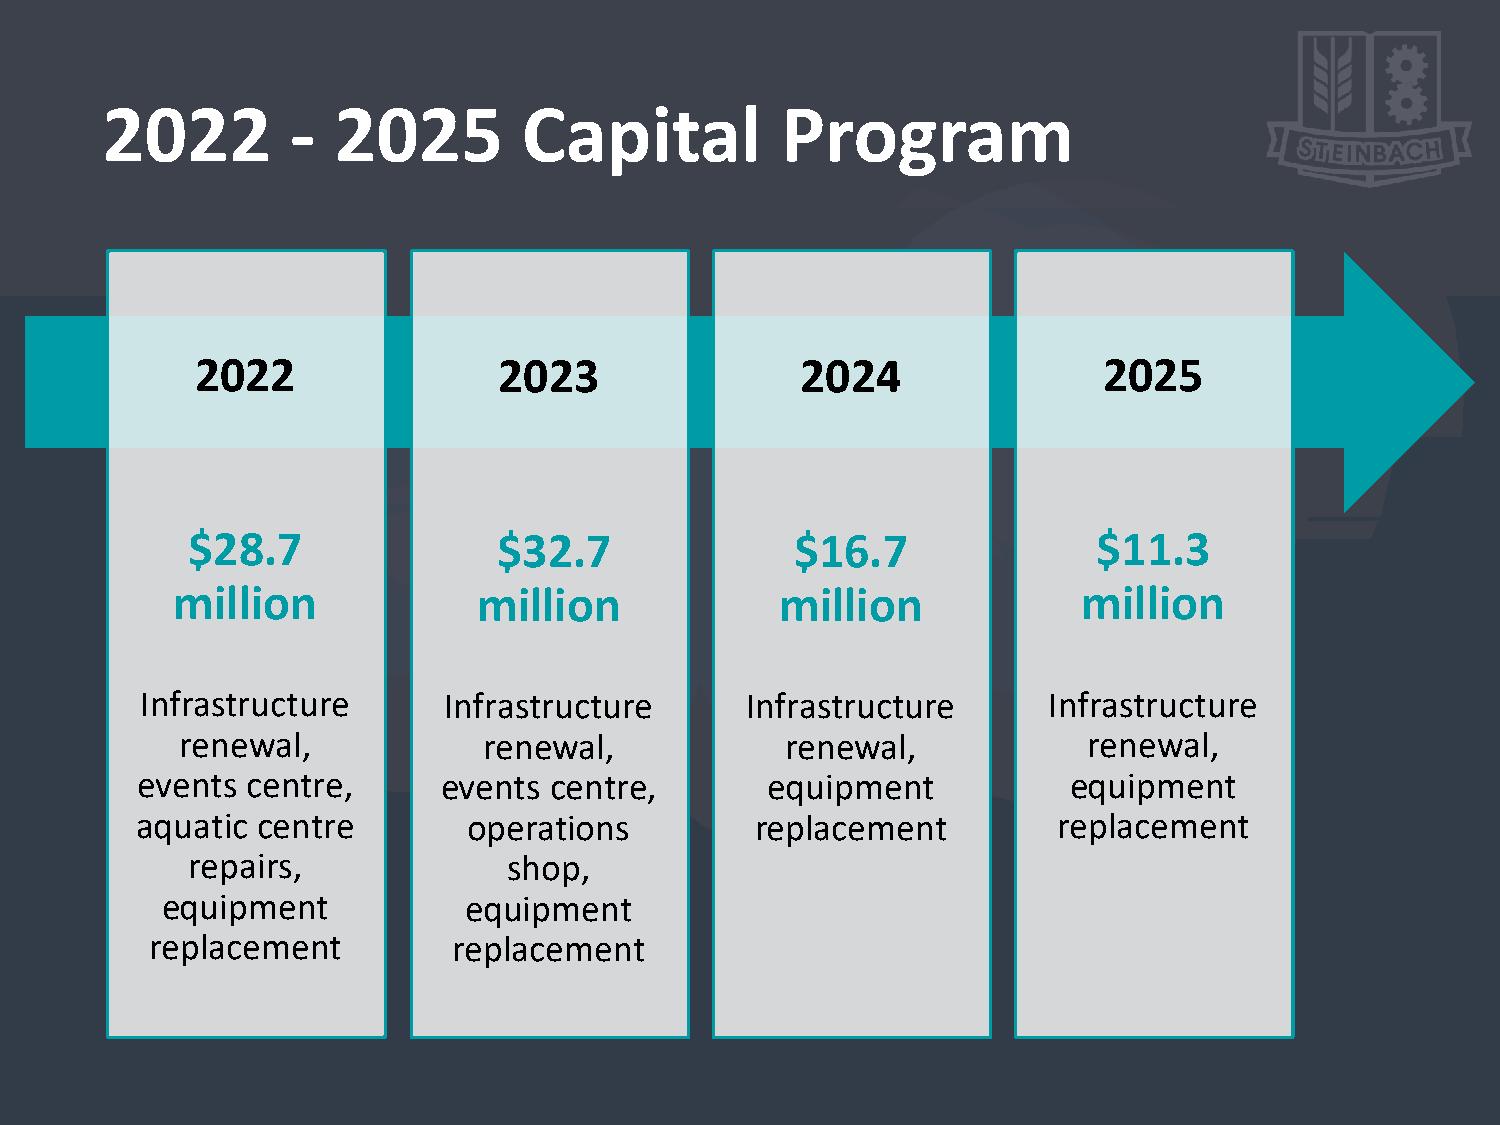
2022        -  2025         Capital          Program
 2022                2023                2024                2025
 $28.7                $32.7               $16.7               $11.3
 million              million             million             million
 Infrastructure      Infrastructure      Infrastructure      Infrastructure
 renewal,            renewal,            renewal,            renewal,
 events centre,      events centre,        equipment           equipment
 aquatic centre        operations         replacement         replacement
 repairs,              shop,
 equipment           equipment
 replacement         replacement